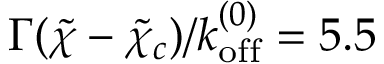
\Gamma ( \tilde { \chi } - \tilde { \chi } _ { c } ) / k _ { \mathrm { o f f } } ^ { ( 0 ) } = 5 . 5